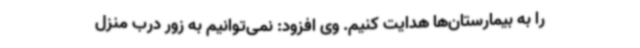
را به بیمارستان‌ها هدایت کنیم. وی افزود: نمی‌توانیم به زور درب منزل